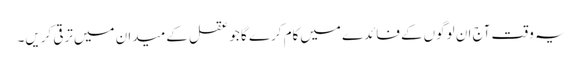
یہ وقت آج ان لوگوں‌کے فائدے میں‌کام کرے گا جو عقل کے میدان میں‌ترقی کریں۔